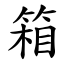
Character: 箱